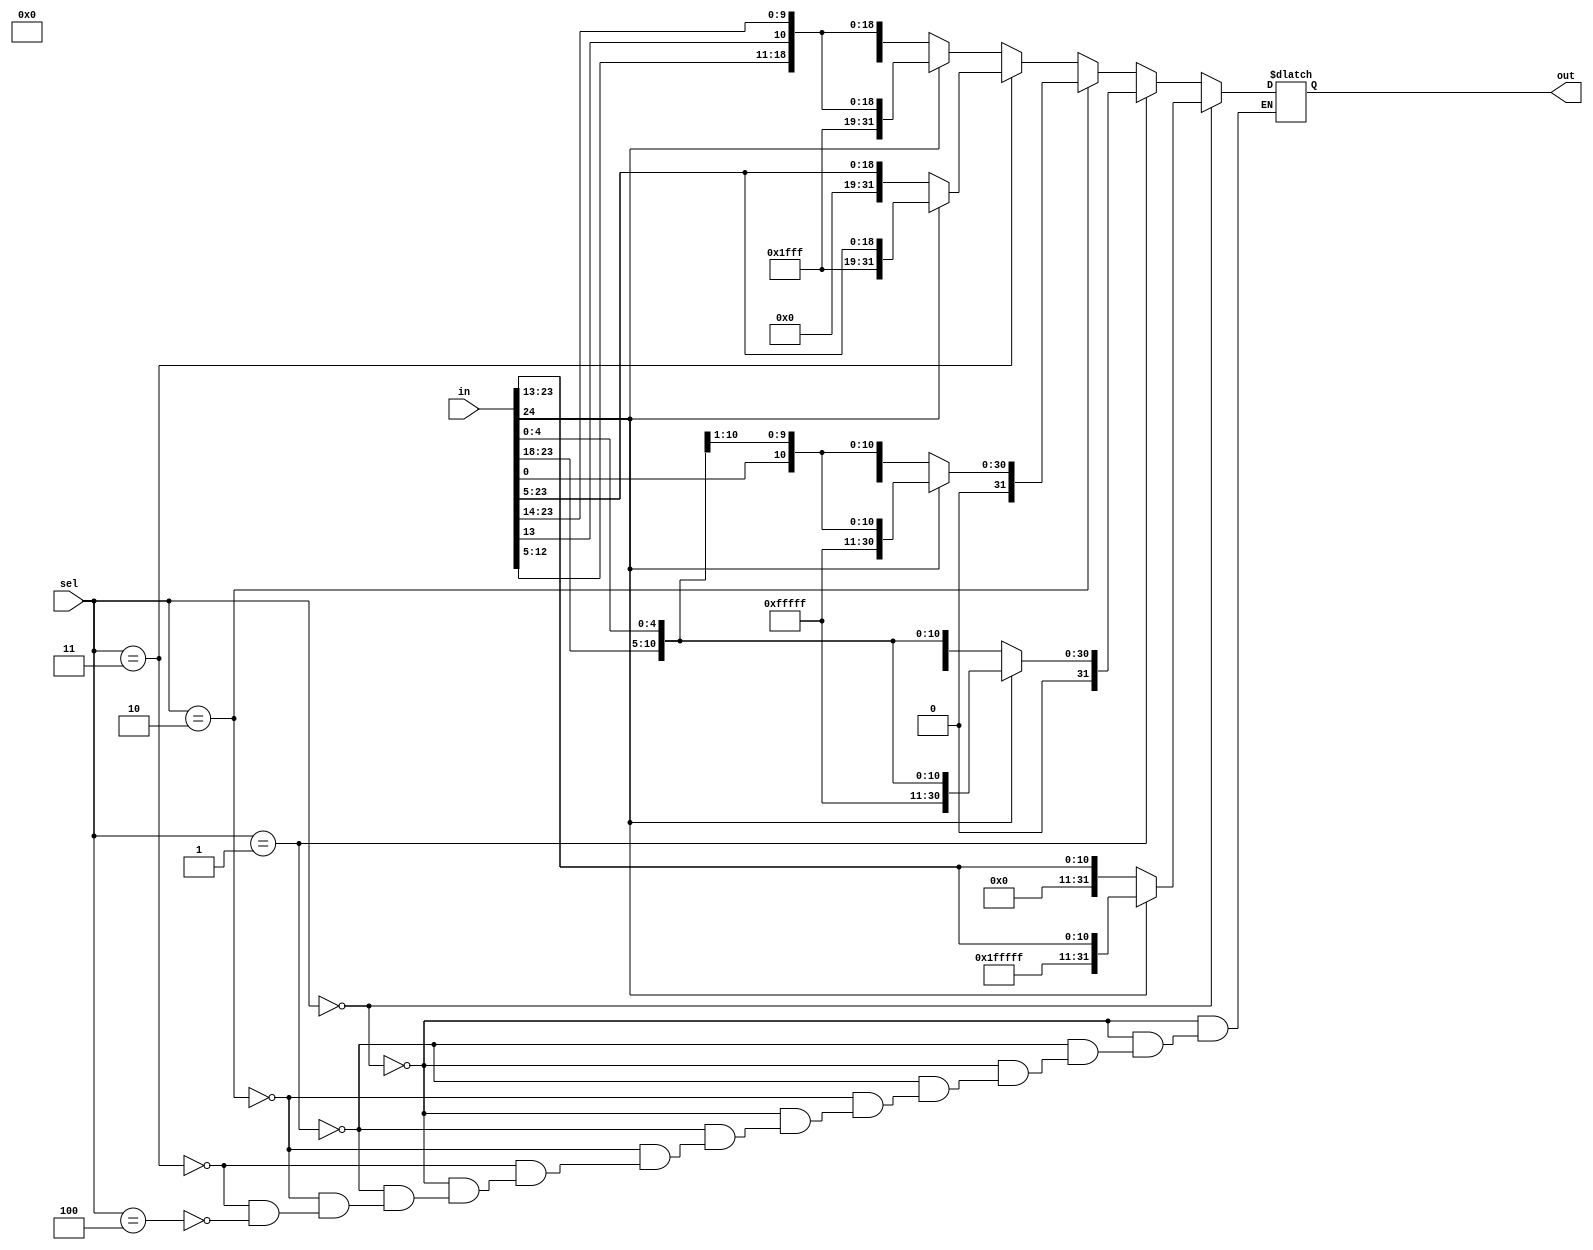
module extend(sel,in,out);
input [2:0] sel;

input [24:0] in;
wire [6:0] temp;
assign temp = 7'b0;
wire [31:0] extend;
assign extend = { in , temp };
 
output reg [31:0] out;
always @ (*) begin
	if (sel == 3'd0) begin out = extend[31] ? { 20'b11111111111111111111 , extend[31:20] } : { 20'b00000000000000000000 , extend[31:20] }; end // i - t
	else if(sel == 3'd1) begin 	// s - t
		out = extend[31] ? { 20'b1111111111111111111 , extend[31:25] , extend[11:7] } : { 20'b00000000000000000000 , extend[31:25] , extend[11:7] };
	end 
	else if(sel == 3'd2) begin 	// b - t
		out = extend[31] ? { 20'b1111111111111111111 , extend[31] , extend[7] , extend[30:25] , extend[11:8] } : { 20'b00000000000000000000 , extend[31] , extend[7] , extend[30:25] , extend[11:8] };
	end
	else if(sel == 3'd3) begin // u - t
		out = extend[31] ? { 12'b111111111111 , extend[31:12] } : { 12'b000000000000 , extend[31:12] };
	end
	else if(sel == 3'd4) begin // j - t
		out = extend[31] ? { 12'b111111111111 , extend[31] , extend[19:12] , extend[20] , extend[30:21] } : { 12'b000000000000 , extend[31] , extend[19:12] , extend[20] , extend[30:21] };
	end
end
endmodule